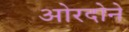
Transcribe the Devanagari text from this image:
ओरदोने